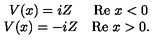
\begin{array} { c c } { V ( x ) = i Z } & { \mathrm { R e } \ x < 0 } \\ { V ( x ) = - i Z } & { \mathrm { R e } \ x > 0 . } \\ \end{array}